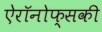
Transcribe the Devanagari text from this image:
ऐरॉनोफ्सकी